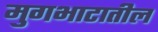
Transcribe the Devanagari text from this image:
मुगभाटातील